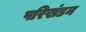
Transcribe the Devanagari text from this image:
परिखंडन